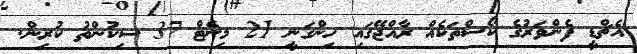
އެޗްޑީ ފެންވަރުގެ ކޯސްތަކެއް ރާއްޖޭގައި ހިންގަނީ 21 މިނެޓް 37 ސިކުންތު ކުރިން.